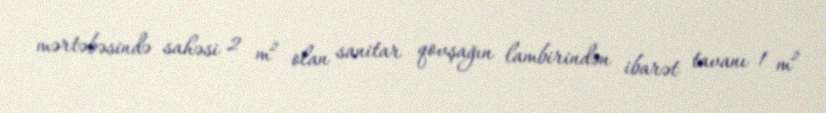
mərtəbəsində sahəsi 2 m² olan sanitar qovşağın lambirindən ibarət tavanı 1 m²